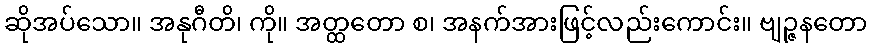
ဆိုအပ်သော။ အနုဂီတိ၊ ကို။ အတ္ထတော စ၊ အနက်အားဖြင့်လည်းကောင်း။ ဗျဉ္ဇနတော